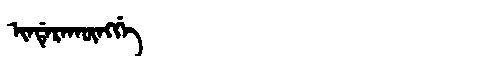
Manchu: ᡳᠨᡩᡝᡵᠠᡴᡡᠩᡤᡝ
Romanization: INDERAKŪNGGE